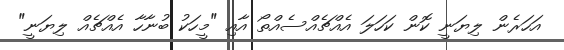
އަހަރެން ލިޔަނީ ކޮން ކަހަލަ އެއްޗެއްސެއްތޯ އާއި "މީހަކު ބުނާހާ އެއްޗެއް ލިޔަނީ"